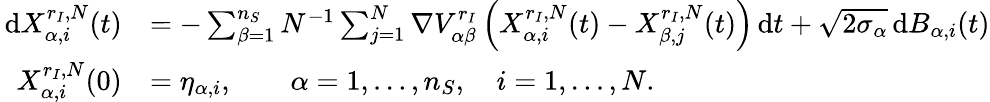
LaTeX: \begin{array}{rl}{\, \mathrm{d}X_{\alpha,i}^{{r_{I}},N}(t)}&{=-\sum_{\beta=1}^{n_{S}}N^{-1}\sum_{j=1}^{N}\nabla{V_{\alpha\beta}^{r_{I}}}\left(X_{\alpha,i}^{{r_{I}},N}(t)-X_{\beta,j}^{{r_{I}},N}(t)\right)\, \mathrm{d}t+\sqrt{2\sigma_{\alpha}}\, \mathrm{d}B_{\alpha,i}(t)}\\ {X_{\alpha,i}^{{r_{I}},N}(0)}&{=\eta_{\alpha,i},\qquad\alpha=1,\ldots,{n_{S}},\quad i=1,\ldots,N.}\end{array}